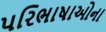
પરિભાષાઓના